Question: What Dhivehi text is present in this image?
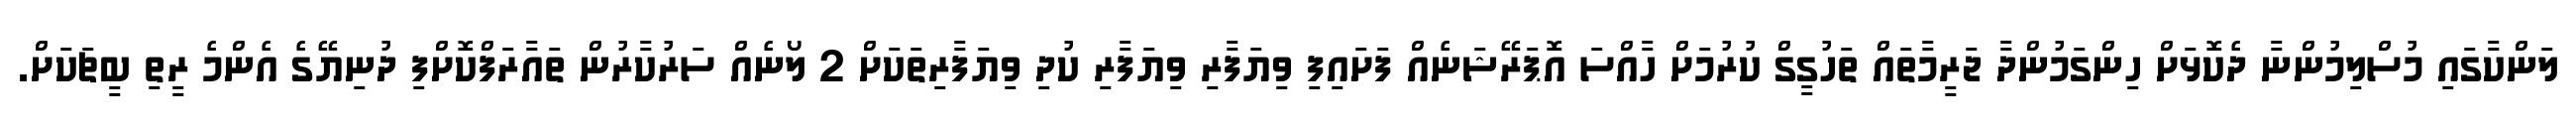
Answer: ލަންކާގައި މުސްލިމުންނާ ދެކޮޅަށް ހިންގަމުންދާ ޖަރީމާތައް ތަހުގީގް ކުރުމަށް ހާއްސަ އޮޕަރޭޝަނެއް ފަށައިފި ވިޔަފާރި ވިޔަފާރި ކުދި ވިޔަފާރިތަކަށް 2 ލޯނެއް ސަރުކާރުން ތައާރަފްކޮށްފި ދުނިޔޭގެ އެންމެ ރީތި ބީޗަކަށް.